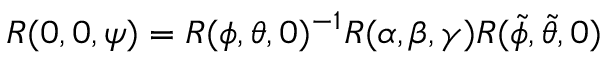
R ( 0 , 0 , \psi ) = R ( \phi , \theta , 0 ) ^ { - 1 } R ( \alpha , \beta , \gamma ) R ( \tilde { \phi } , \tilde { \theta } , 0 )